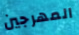
المهرجين